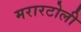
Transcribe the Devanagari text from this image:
मरारटोली